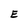
Character: E